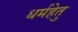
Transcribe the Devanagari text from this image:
धर्महेतु